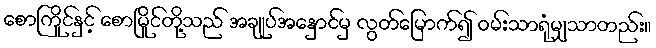
စောကြိုင်နှင့် စောမြိုင်တို့သည် အချုပ်အနှောင်မှ လွတ်မြောက်၍ ဝမ်းသာရုံမျှသာတည်း။